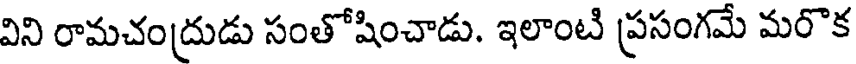
విని రామచంద్రుడు సంతోషించాడు. ఇలాంటి ప్రసంగమే మరొక